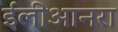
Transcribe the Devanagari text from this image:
ईलीआनरा